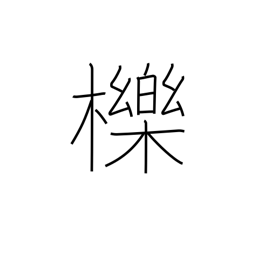
Meaning: oak for charcoal